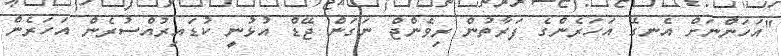
"އަހަންނަށް އެނގޭ އަހަރެންގެ ފަރާތުން ރިވެންޖް ނަގަން ޖޭޑް އުޅުނީ ކުޑައިރުއްސުރެން އަހަރެން